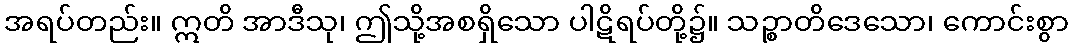
အရပ်တည်း။ ဣတိ အာဒီသု၊ ဤသို့အစရှိသော ပါဋိရပ်တို့၌။ သဉ္စာတိဒေသော၊ ကောင်းစွာ